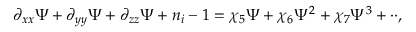
\partial _ { x x } \Psi + \partial _ { y y } \Psi + \partial _ { z z } \Psi + n _ { i } - 1 = \chi _ { 5 } \Psi + \chi _ { 6 } \Psi ^ { 2 } + \chi _ { 7 } \Psi ^ { 3 } + \cdot \cdot ,